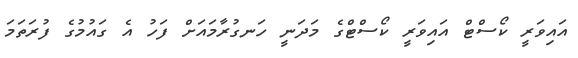
އައިވަރީ ކޯސްޓް އައިވަރީ ކޯސްޓްގެ މަދަނީ ހަނގުރާމައަށް ފަހު އެ ގައުމުގެ ފުރަތަމަ